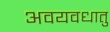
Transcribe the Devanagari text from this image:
अवयवधातु